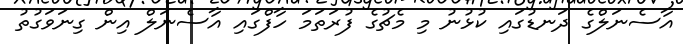
އާސެނަލްގެ ދަނޑުގައި ކުޅުނު މި މެޗުގެ ފުރަތަމަ ހާފްގައި އާސެނަލް އިން ގިނަވަގުތު